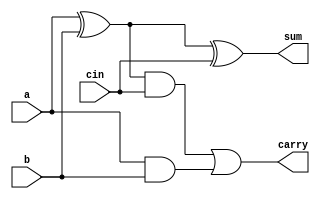
`timescale 1ns / 1ps
//////////////////////////////////////////////////////////////////////////////////
// Company: 
// Engineer: 
// 
// Design Name: 
// Module Name: full_adder
// Project Name: 
// Target Devices: 
// Tool Versions: 
// Description: 
// 
// Dependencies: 
// 
// Revision:
// Revision 0.01 - File Created
// Additional Comments:
// 
//////////////////////////////////////////////////////////////////////////////////


module full_adder(sum,carry,a,b,cin);
input a,b,cin;
output sum,carry;
assign sum=a^b^cin;
assign carry=(((a^b)&cin)|(a&b));
endmodule